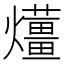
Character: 𤒬